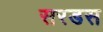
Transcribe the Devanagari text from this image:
सरडस